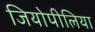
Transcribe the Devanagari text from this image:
जियोपीलिया